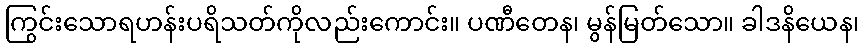
ကြွင်းသောရဟန်းပရိသတ်ကိုလည်းကောင်း။ ပဏီတေန၊ မွန်မြတ်သော။ ခါဒနိယေန၊